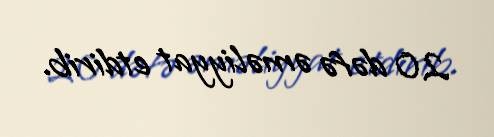
20 dəfə əməliyyat etdirib.